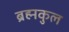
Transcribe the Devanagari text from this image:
ब्रह्मकुल